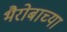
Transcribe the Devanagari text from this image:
भैरोबाच्या